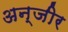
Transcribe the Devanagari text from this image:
अन्जीर